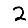
Digit: 2